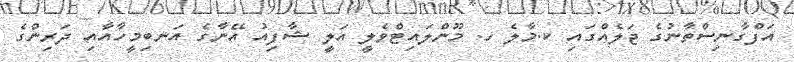
އަފްގާނިސްތާނުގެ ޖަލެއްގައި ކ.މާލެ ހ. މޫންލައިޓްވެލީ އަލީ ޝާފިއު އޭނާގެ އަނބިމީހާއާއި ދަރިންގެ